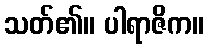
သတ်၏။ ပါရာဇိက။